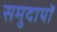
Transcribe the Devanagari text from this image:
समुदायॉ